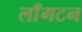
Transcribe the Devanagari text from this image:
लाँगटन